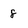
Character: 8